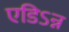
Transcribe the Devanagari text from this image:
एडिऽन्न